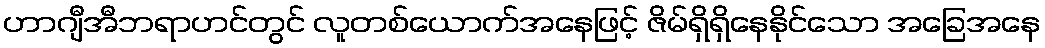
ဟာဂျီအီဘရာဟင်တွင် လူတစ်ယောက်အနေဖြင့် ဇိမ်ရှိရှိနေနိုင်သော အခြေအနေ